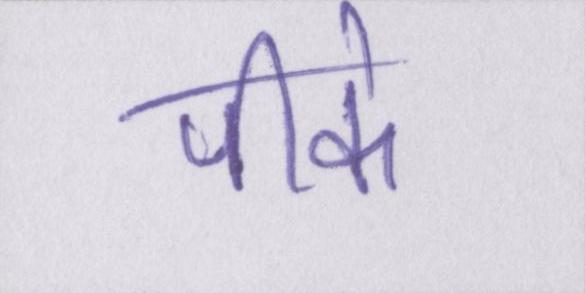
पीके